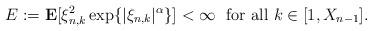
LaTeX: \begin{align*}E := \mathbf{E}[ \xi_{n, k}^2 \exp\{ |\xi_{n, k}|^{\alpha} \}]< \infty\ \ \textrm{for all}\ k \in [1, X_{n-1}].\end{align*}